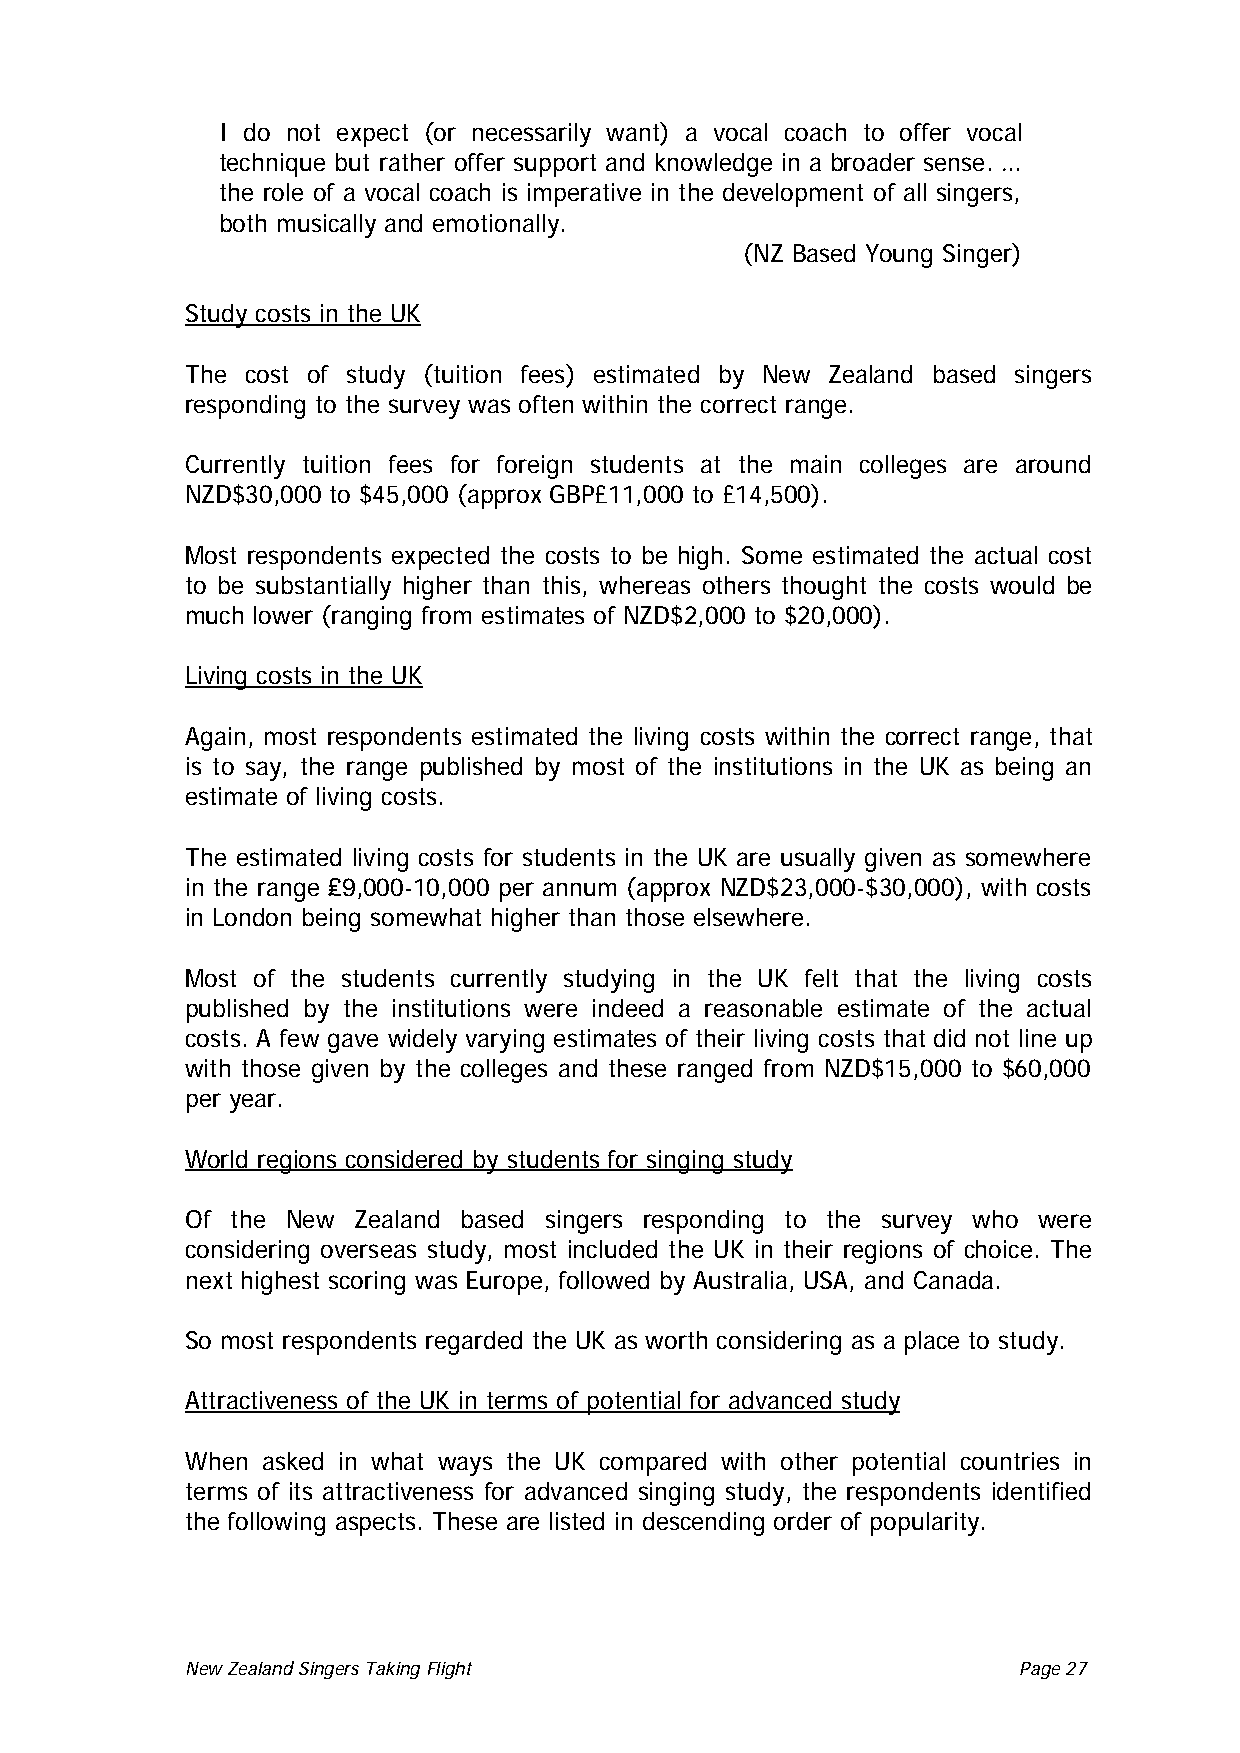
I do not expect (or necessarily want) a vocal coach to offer vocal
 technique but rather offer support and knowledge in a broader sense. …
 the role of a vocal coach is imperative in the development of all singers,
 both musically and emotionally.
 (NZ Based Young Singer)
 Study costs in the UK
 The cost of study (tuition fees) estimated by New Zealand based singers
 responding to the survey was often within the correct range.
 Currently tuition fees for foreign students at the main colleges are around
 NZD$30,000 to $45,000 (approx GBP£11,000 to £14,500).
 Most respondents expected the costs to be high. Some estimated the actual cost
 to be substantially higher than this, whereas others thought the costs would be
 much lower (ranging from estimates of NZD$2,000 to $20,000).
 Living costs in the UK
 Again, most respondents estimated the living costs within the correct range, that
 is to say, the range published by most of the institutions in the UK as being an
 estimate of living costs.
 The estimated living costs for students in the UK are usually given as somewhere
 in the range ₤9,000-10,000 per annum (approx NZD$23,000-$30,000), with costs
 in London being somewhat higher than those elsewhere.
 Most of the students currently studying in the UK felt that the living costs
 published by the institutions were indeed a reasonable estimate of the actual
 costs. A few gave widely varying estimates of their living costs that did not line up
 with those given by the colleges and these ranged from NZD$15,000 to $60,000
 per year.
 World regions considered by students for singing study
 Of the New Zealand based singers responding to the survey who were
 considering overseas study, most included the UK in their regions of choice. The
 next highest scoring was Europe, followed by Australia, USA, and Canada.
 So most respondents regarded the UK as worth considering as a place to study.
 Attractiveness of the UK in terms of potential for advanced study
 When asked in what ways the UK compared with other potential countries in
 terms of its attractiveness for advanced singing study, the respondents identified
 the following aspects. These are listed in descending order of popularity.
 New Zealand Singers Taking Flight Page 27